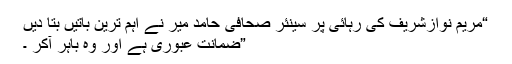
“مریم نوازشریف کی رہائی پر سینئر صحافی حامد میر نے اہم ترین باتیں بتا دیں
”ضمانت عبوری ہے اور وہ باہر آکر ۔